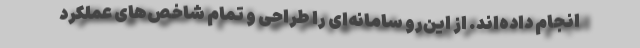
انجام داده‌اند. از این‌رو سامانه‌ای را طراحی و تمام شاخص‌های عملکرد